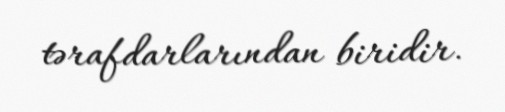
tərafdarlarından biridir.